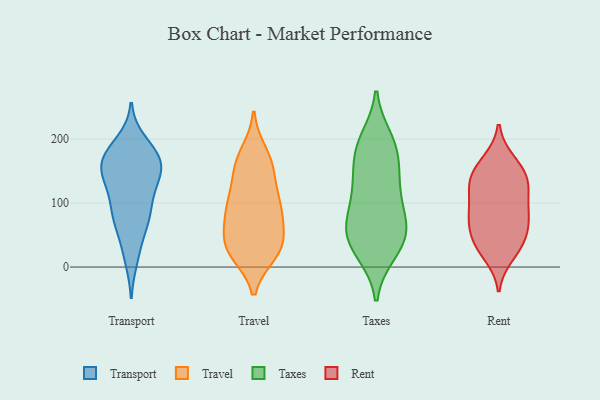
{"axis": {"x": "Temperature (°C)", "y": "Value"}, "legend": ["Rent", "Taxes", "Transport", "Travel"], "data": [{"x": "", "y": 142, "type": "Transport"}, {"x": "", "y": 13, "type": "Transport"}, {"x": "", "y": 128, "type": "Transport"}, {"x": "", "y": 27, "type": "Transport"}, {"x": "", "y": 115, "type": "Transport"}, {"x": "", "y": 165, "type": "Transport"}, {"x": "", "y": 71, "type": "Transport"}, {"x": "", "y": 180, "type": "Transport"}, {"x": "", "y": 161, "type": "Transport"}, {"x": "", "y": 91, "type": "Transport"}, {"x": "", "y": 145, "type": "Transport"}, {"x": "", "y": 195, "type": "Transport"}, {"x": "", "y": 182, "type": "Transport"}, {"x": "", "y": 167, "type": "Transport"}, {"x": "", "y": 80, "type": "Transport"}, {"x": "", "y": 165, "type": "Transport"}, {"x": "", "y": 131, "type": "Transport"}, {"x": "", "y": 161, "type": "Transport"}, {"x": "", "y": 79, "type": "Transport"}, {"x": "", "y": 70, "type": "Transport"}, {"x": "", "y": 111, "type": "Travel"}, {"x": "", "y": 161, "type": "Travel"}, {"x": "", "y": 178, "type": "Travel"}, {"x": "", "y": 22, "type": "Travel"}, {"x": "", "y": 33, "type": "Travel"}, {"x": "", "y": 37, "type": "Travel"}, {"x": "", "y": 160, "type": "Travel"}, {"x": "", "y": 157, "type": "Travel"}, {"x": "", "y": 82, "type": "Travel"}, {"x": "", "y": 82, "type": "Travel"}, {"x": "", "y": 90, "type": "Travel"}, {"x": "", "y": 122, "type": "Travel"}, {"x": "", "y": 23, "type": "Travel"}, {"x": "", "y": 97, "type": "Travel"}, {"x": "", "y": 30, "type": "Travel"}, {"x": "", "y": 65, "type": "Travel"}, {"x": "", "y": 32, "type": "Travel"}, {"x": "", "y": 89, "type": "Taxes"}, {"x": "", "y": 199, "type": "Taxes"}, {"x": "", "y": 141, "type": "Taxes"}, {"x": "", "y": 58, "type": "Taxes"}, {"x": "", "y": 134, "type": "Taxes"}, {"x": "", "y": 180, "type": "Taxes"}, {"x": "", "y": 100, "type": "Taxes"}, {"x": "", "y": 23, "type": "Taxes"}, {"x": "", "y": 183, "type": "Taxes"}, {"x": "", "y": 129, "type": "Taxes"}, {"x": "", "y": 58, "type": "Taxes"}, {"x": "", "y": 39, "type": "Taxes"}, {"x": "", "y": 60, "type": "Taxes"}, {"x": "", "y": 25, "type": "Taxes"}, {"x": "", "y": 57, "type": "Taxes"}, {"x": "", "y": 191, "type": "Taxes"}, {"x": "", "y": 111, "type": "Rent"}, {"x": "", "y": 161, "type": "Rent"}, {"x": "", "y": 133, "type": "Rent"}, {"x": "", "y": 110, "type": "Rent"}, {"x": "", "y": 37, "type": "Rent"}, {"x": "", "y": 37, "type": "Rent"}, {"x": "", "y": 19, "type": "Rent"}, {"x": "", "y": 77, "type": "Rent"}, {"x": "", "y": 143, "type": "Rent"}, {"x": "", "y": 59, "type": "Rent"}, {"x": "", "y": 137, "type": "Rent"}, {"x": "", "y": 74, "type": "Rent"}, {"x": "", "y": 32, "type": "Rent"}, {"x": "", "y": 83, "type": "Rent"}, {"x": "", "y": 77, "type": "Rent"}, {"x": "", "y": 165, "type": "Rent"}, {"x": "", "y": 133, "type": "Rent"}]}